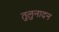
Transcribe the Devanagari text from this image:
तुलुनादन